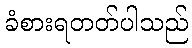
ခံစားရတတ်ပါသည်